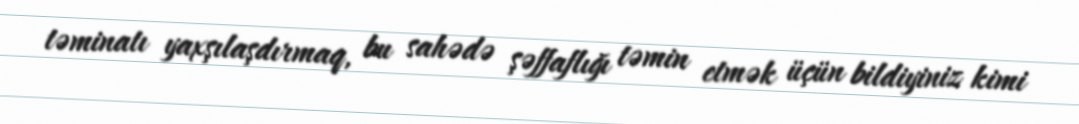
təminatı yaxşılaşdırmaq, bu sahədə şəffaflığı təmin etmək üçün bildiyiniz kimi